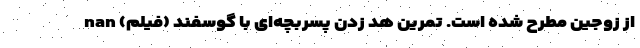
از زوجین مطرح شده است. تمرین هد زدن پسربچه‌ای با گوسفند (فیلم) nan